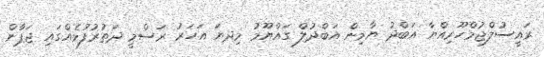
ރައީސުލްޖުމްހޫރިއްޔާ އަބްދު ޔާމިން އަބްދުލް ގައްޔޫމު މިދޔަ އަހަރު ރަސްމީ ދަތުރުފުޅެއްގައި ޖަޕާން